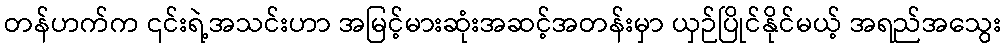
တန်ဟက်က ၎င်းရဲ့အသင်းဟာ အမြင့်မားဆုံးအဆင့်အတန်းမှာ ယှဉ်ပြိုင်နိုင်မယ့် အရည်အသွေး